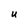
Character: U